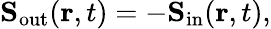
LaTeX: \mathbf{S}_{\mathrm{out}}(\mathbf{r},t)=-\mathbf{S}_{\mathrm{in}}(\mathbf{r},t),